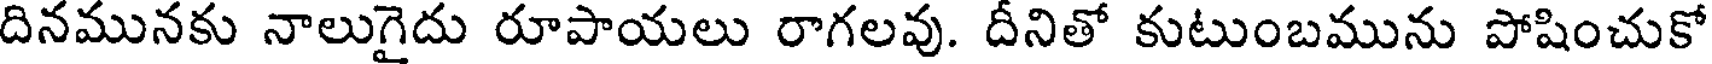
దినమునకు నాలుగైదు రూపాయలు రాగలవు. దీనితో కుటుంబమును పోషించుకో